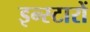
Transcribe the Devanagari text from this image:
इन्स्टारों